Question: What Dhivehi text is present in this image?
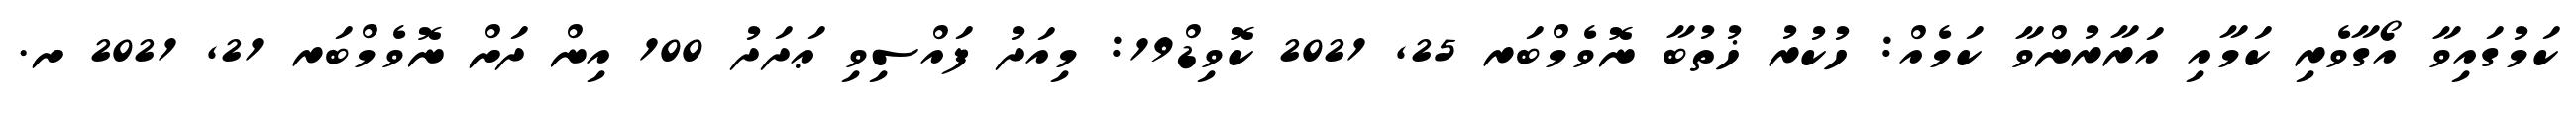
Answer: ކަމުގައިވާ އޯގާވެރި ކަމާއި އަރާރުންވާ ކަމެއް: ހުކުރު ޚުތުބާ ނޮވެމްބަރ 25, 2021 ކޮވިޑް19: މިއަދު ފައްސިވި ޢަދަދު 100 އިން ދަށް ނޮވެމްބަރ 21, 2021 ށ.